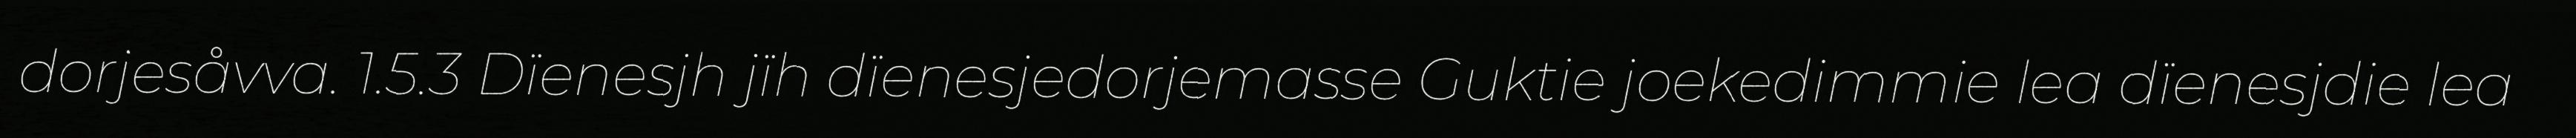
dorjesåvva. 1.5.3 Dïenesjh jïh dïenesjedorjemasse Guktie joekedimmie lea dïenesjdie lea